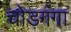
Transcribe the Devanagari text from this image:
चोड़गंगा